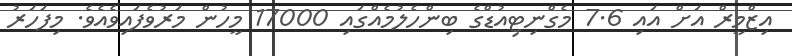
އިޒްމީރް އަށް އައި 7.6 މެގްނިޓިއުޑްގެ ބިންހެލުމެއްގައި 17000 މީހުން މަރުވެފައިވެއެވެ. މިފަހަރު